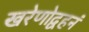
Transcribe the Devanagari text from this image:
खरेणोद्वहनं